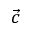
\vec { c }